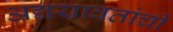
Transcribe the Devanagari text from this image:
अद्ययावतांची